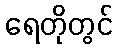
ရေတိုတွင်